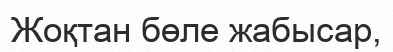
Жоқтан бөле жабысар,